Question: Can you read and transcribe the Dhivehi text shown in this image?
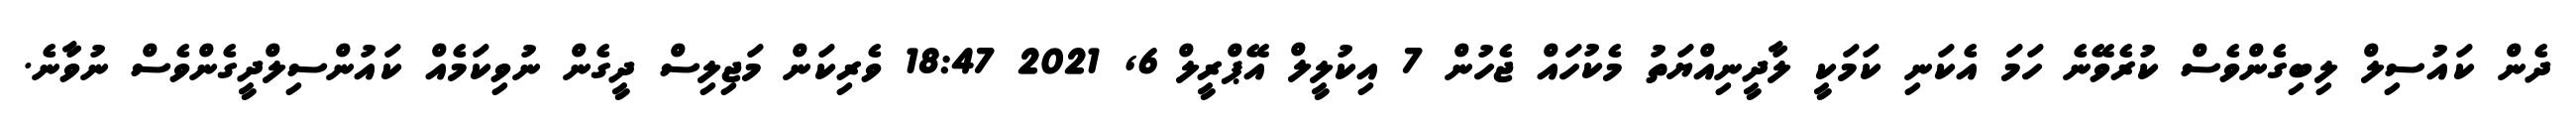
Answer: ދެން ކައުސިލް ލިބިގެންވެސް ކުރެވޭނެ ހަމަ އެކަނި ކަމަކީ ލާދީނިއްޔަތު މެކުހައް ޖެހުން 7 އިކުލީލް އޭޕްރީލް 6, 2021 18:47 ވެރިކަން މަޖިލިސް ދީގެން ނުވިކަމެއް ކައުންސިލްދީގެންވެސް ނުވާނެ.